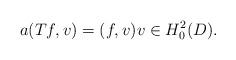
LaTeX: \begin{align*}a(Tf, v) = (f, v) v \in H_0^2(D).\end{align*}